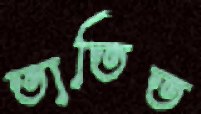
তাতিত